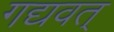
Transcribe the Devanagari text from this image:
गद्यवत्